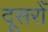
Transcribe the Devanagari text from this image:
दूसरोँ